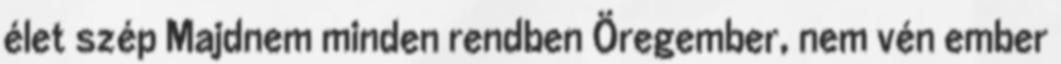
élet szép Majdnem minden rendben Öregember, nem vén ember